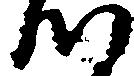
つ